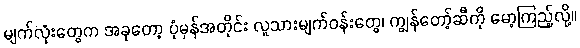
မျက်လုံးတွေက အခုတော့ ပုံမှန်အတိုင်း လူသားမျက်ဝန်းတွေ၊ ကျွန်တော့်ဆီကို မော့ကြည့်လို့။